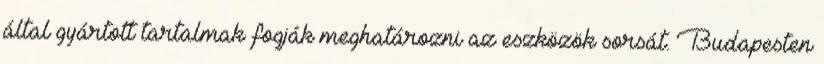
által gyártott tartalmak fogják meghatározni az eszközök sorsát. Budapesten